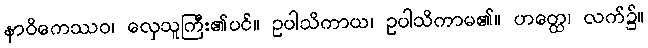
နာဝိကေဿဝ၊ လှေသူကြီး၏ပင်။ ဥပါသိကာယ၊ ဥပါသိကာမ၏။ ဟတ္ထေ၊ လက်၌။